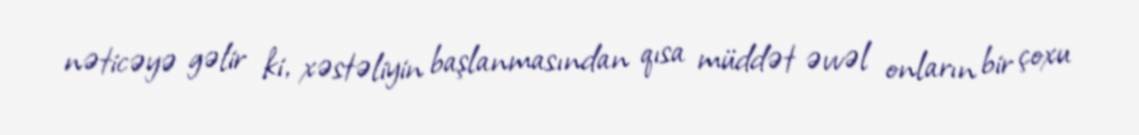
nəticəyə gəlir ki, xəstəliyin başlanmasından qısa müddət əvvəl onların bir çoxu